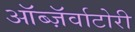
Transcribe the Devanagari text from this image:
ऑब्ज़ॅर्वाटोरी